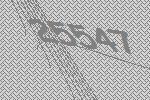
25547